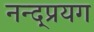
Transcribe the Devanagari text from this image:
नन्द्प्रयग